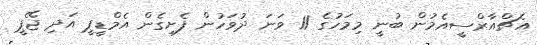
އެޗްއާރްސީއެމުން ބުނީ މިމަހުގެ 11 ވަނަ ދުވަހުން ފެށިގެން އެމްޑީޕީ އަދި ޖޭޕީ